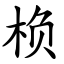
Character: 㭥